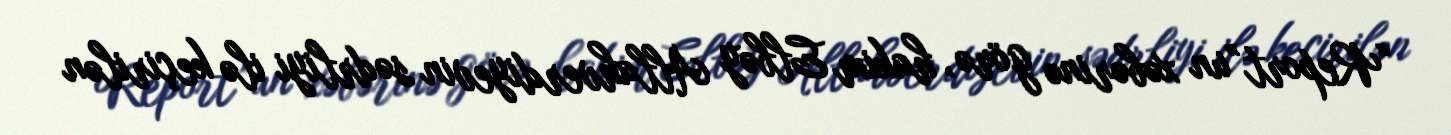
“Report”un xəbərinə görə, hakim Elbəy Allahverdiyevin sədrliyi ilə keçirilən